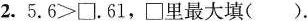
⒉. $$5.6>\square.61$$，\square里最大填( )。